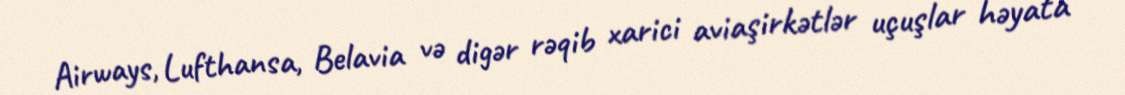
Airways, Lufthansa, Belavia və digər rəqib xarici aviaşirkətlər uçuşlar həyata